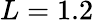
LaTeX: L=1.2